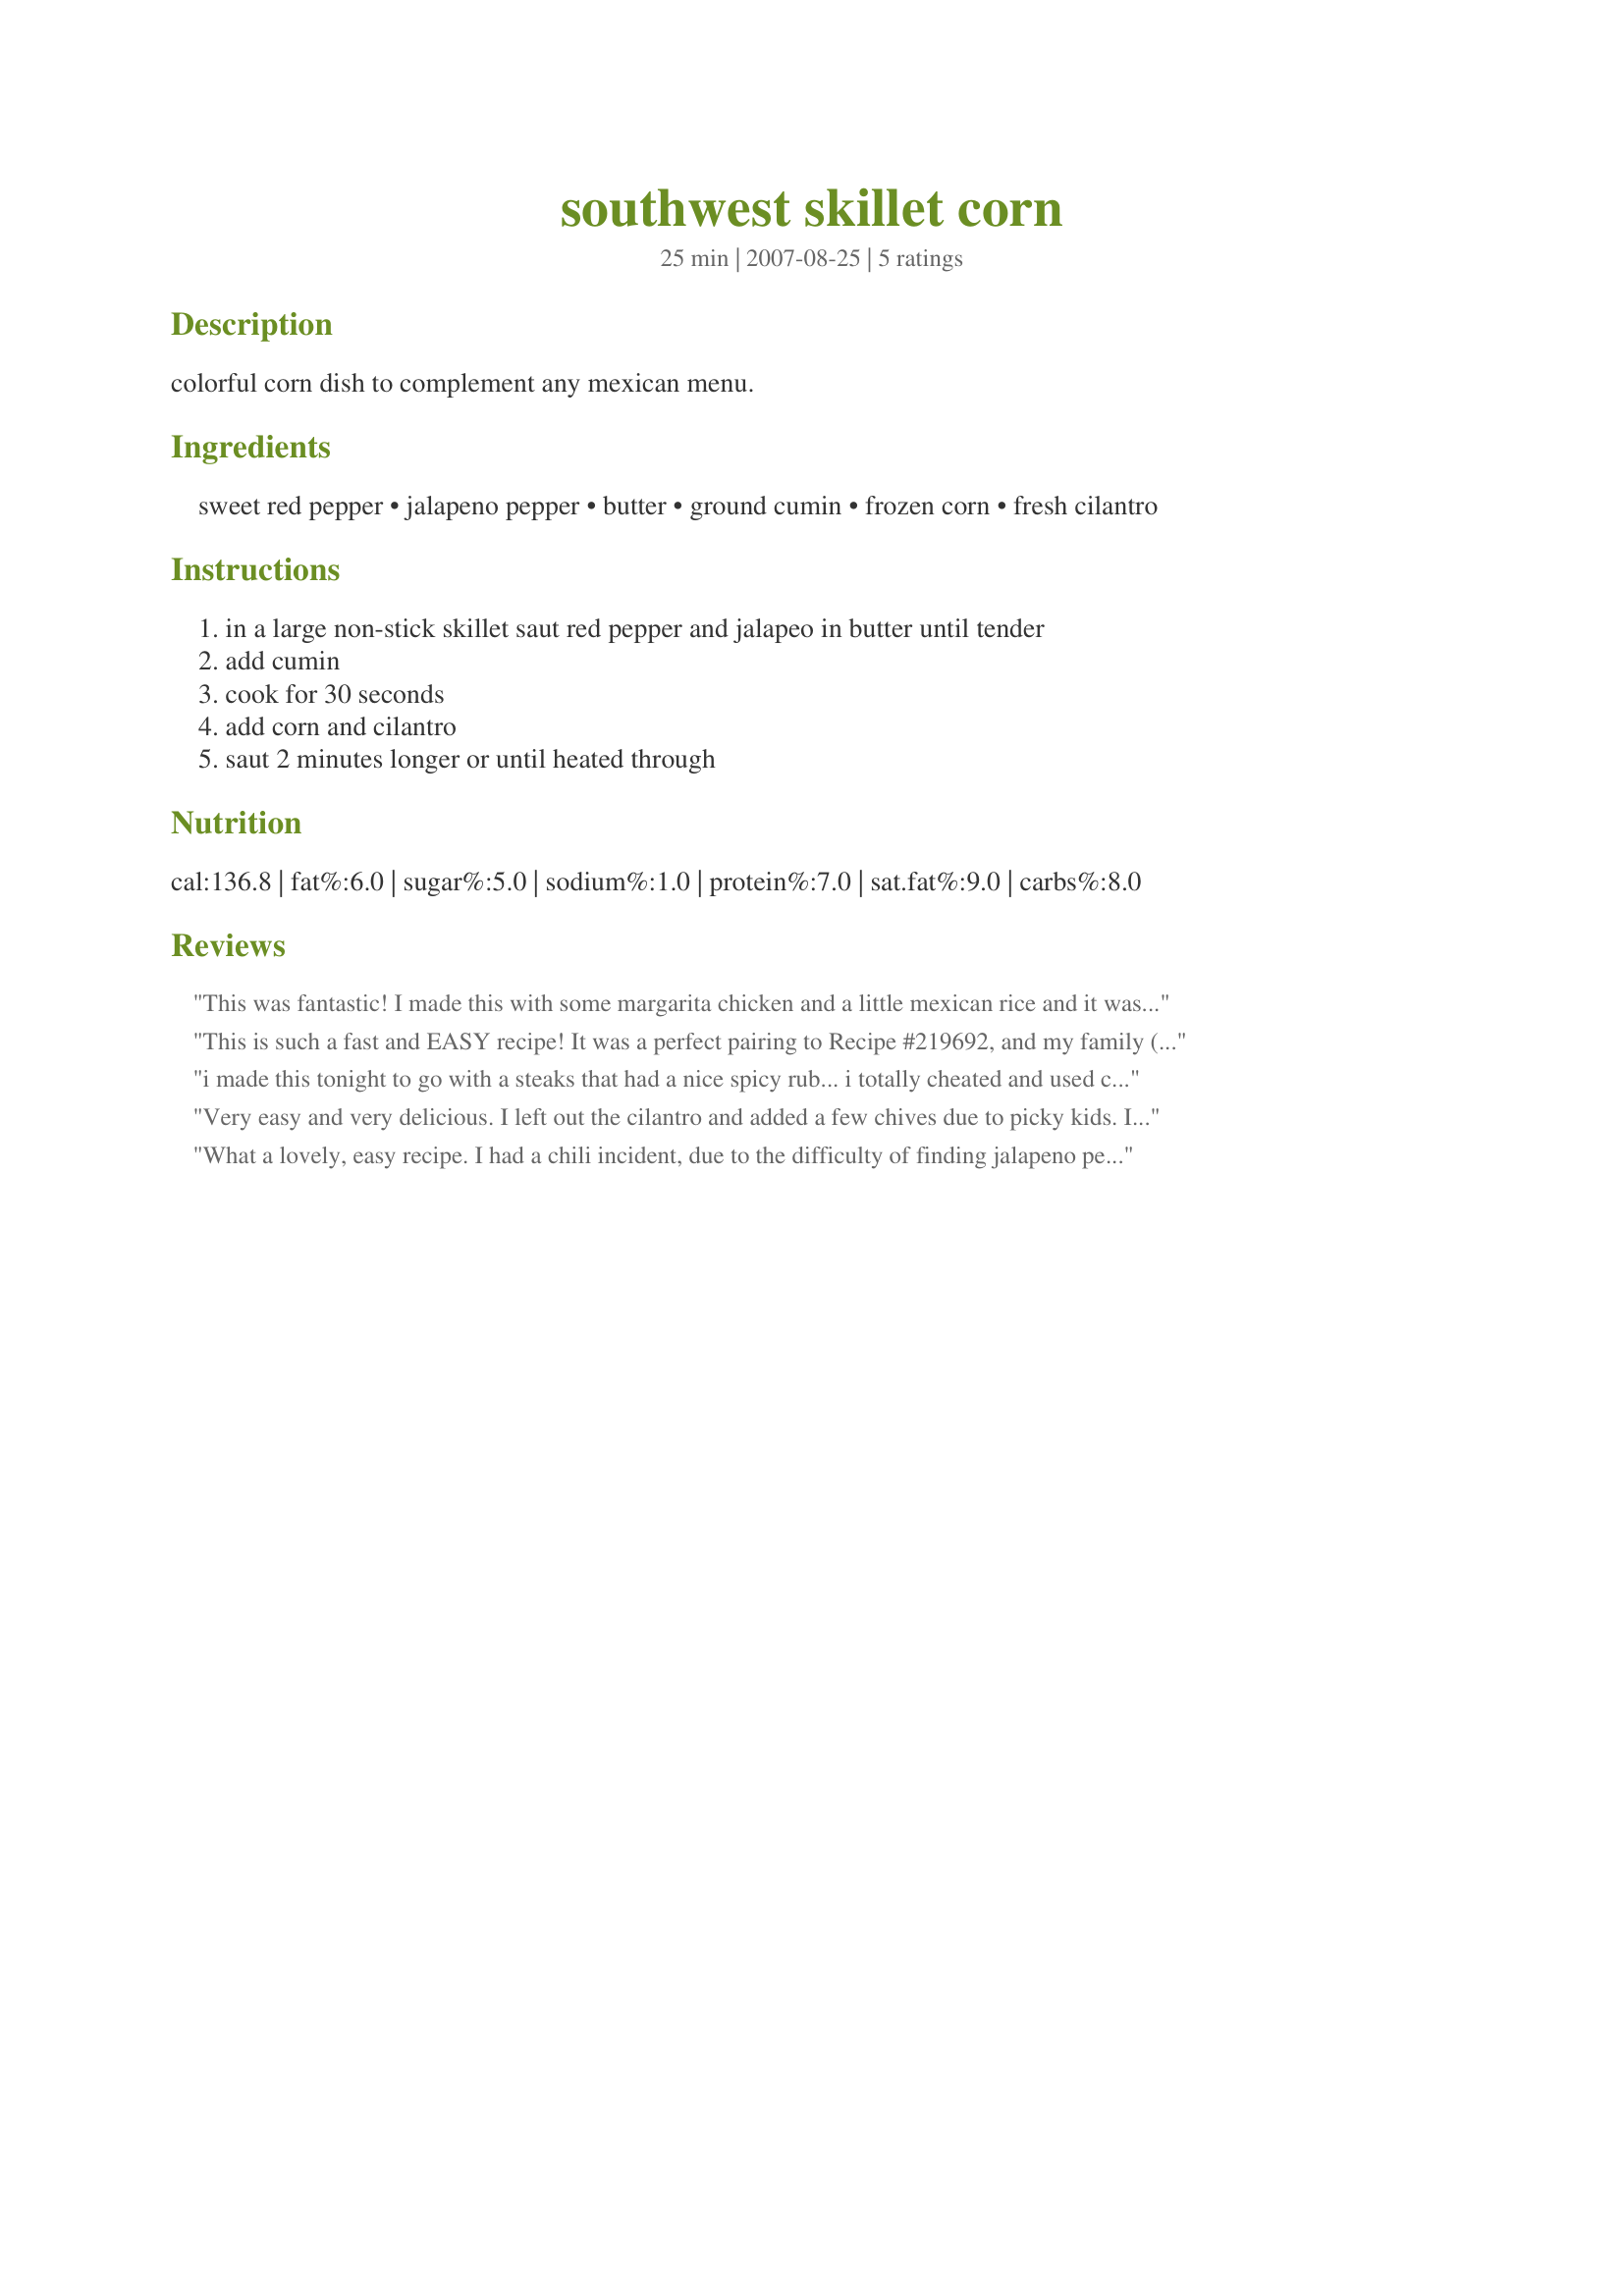
southwest skillet corn
Preparation time: 25 minutes

colorful corn dish to complement any mexican menu.

Ingredients:
sweet red pepper, jalapeno pepper, butter, ground cumin, frozen corn, fresh cilantro

Steps:
in a large non-stick skillet saut red pepper and jalapeo in butter until tender, add cumin, cook for 30 seconds, add corn and cilantro, saut 2 minutes longer or until heated through

Reviews:
This was fantastic! I made this with some margarita chicken and a little mexican rice and it was a total hit with everyone. I may use more jalapeno next time because I like the bite but the bite isn't for everyone. Will make over and over.
This is such a fast and EASY recipe! It was a perfect pairing to Recipe #219692, and my family (myself included) all felt it deserved more than 5 stars on flavor. I would add an extra star or two for ease. I substituted green peppers for red peppers, since I had them on hand. Thanks for such an excellent recipe!
i made this tonight to go with a steaks that had a nice spicy rub... i totally cheated and used canned corn with peppers allready mixed in, i just threw some butter in the pan, added the cumin , let that sit for a little bit then threw the corn in. Dbf couldnt figure out wh the corn was so good tonight :D thanks for the recipe!
Very easy and very delicious. I left out the cilantro and added a few chives due to picky kids. I'd much rather have it with the cilantro and maybe a sqeeze of lime juice. Thank you for posting :)
What a lovely, easy recipe. I had a chili incident, due to the difficulty of finding jalapeno peppers in my area, but the taste was still great. Will make this again with a lot less chili. Thanks Mary for sharing this great, easy recipe.
